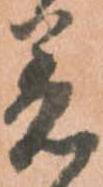
着